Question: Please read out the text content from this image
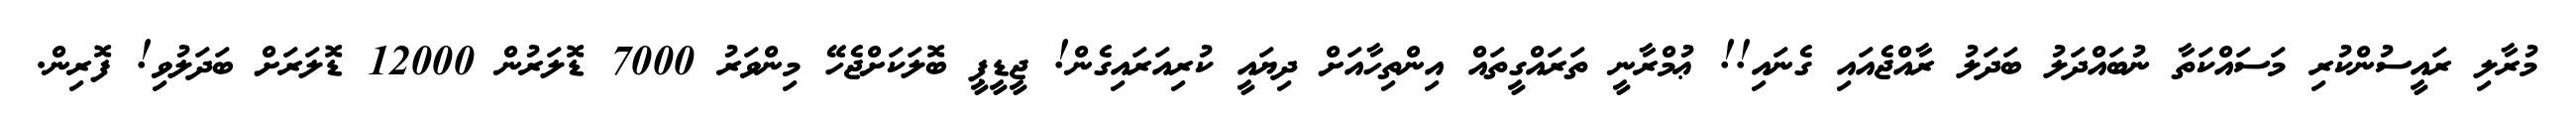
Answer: މުރާލި ރައީސުންކުރި މަސައްކަތާ ނުބައްދަލު ބަދަލު ރާއްޖެއައި ގެނައި!! ޢުމްރާނީ ތަރައްގީތައް އިންތިހާއަށް ދިޔައީ ކުރިއަރައިގެން! ޖީޑީޕީ ބޮލަކަށްޖެހޭ މިންވަރު 7000 ޑޮލަރުން 12000 ޑޮލަރަށް ބަދަލުވި! ފޮރިން.